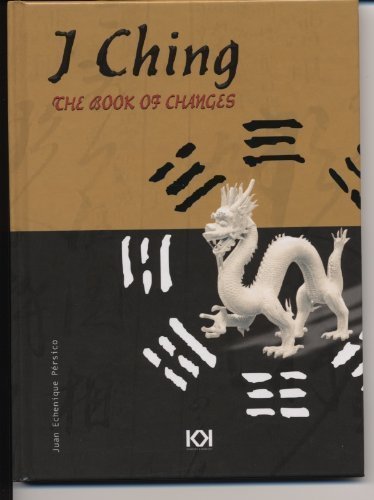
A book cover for I Ching: The Book of Changes with Coins; Juan Echenique Persico; Religion & Spirituality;